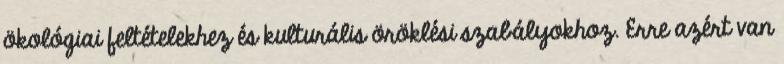
ökológiai feltételekhez és kulturális öröklési szabályokhoz. Erre azért van